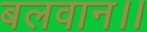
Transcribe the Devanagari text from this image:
बलवान।।